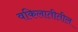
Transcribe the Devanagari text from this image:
वकिलातीतील